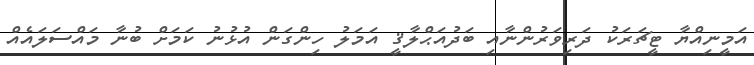
އަމީނިއްޔާ ޓީޗަރަކު ދަރިވަރުންނާއި ބަދުއަޙްލާޤީ އަމަލު ހިންގަން އުޅުނު ކަމަށް ބުނާ މައްސަލައެއް